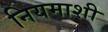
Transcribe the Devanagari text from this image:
नियमाशी